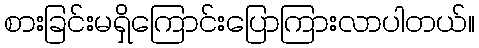
စားခြင်းမရှိကြောင်းပြောကြားလာပါတယ်။